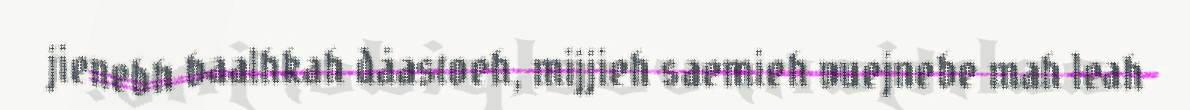
jienebh baalhkah dåastoeh, mijjieh saemieh vuejnebe mah leah